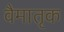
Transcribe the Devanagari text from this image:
वैमातृक